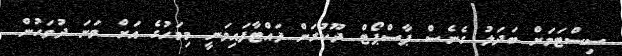
ސިސްޓަމަށް ބަދަލު ގެނެސް ޕާސްޕޯޓް ދޫކުރަން ފައްޓާފައިވަނީ މިމަހުގެ އަށް ވަނަ ދުވަހުން